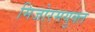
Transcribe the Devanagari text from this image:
मिजोरमयुक्त